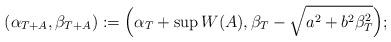
LaTeX: \begin{align*}(\alpha_{T+A},\beta_{T+A}):= \Big(\alpha_T+\sup W(A),\beta_T - \sqrt{a^2+b^2\beta_T^2}\Big);\end{align*}